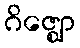
ဂိဇ္ဈော